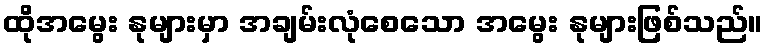
ထိုအမွေး နုများမှာ အချမ်းလုံစေသော အမွေး နုများဖြစ်သည်။